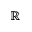
\mathbb { R }